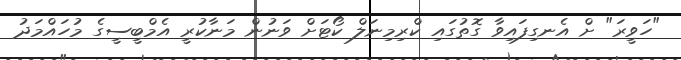
"ހަވީރަ" ށް އެނގިފައިވާ ގޮތުގައި ކްރިމިނަލް ކޯޓަށް ވަނުން މަނާކުރީ އެމްބީސީގެ މުހައްމަދު